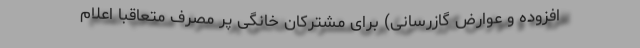
افزوده و عوارض گازرسانی) برای مشترکان خانگی پر مصرف متعاقبا اعلام